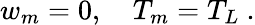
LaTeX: w_{m}=0,\quad T_{m}=T_{L}~.